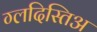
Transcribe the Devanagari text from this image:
ग्लदिस्तिअ